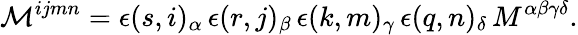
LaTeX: {\cal M}^{ijmn}=\epsilon(s,i)_{\alpha}\, \epsilon(r,j)_{\beta}\, \epsilon(k,m)_{\gamma}\, \epsilon(q,n)_{\delta}\, M^{\alpha\beta\gamma\delta}.